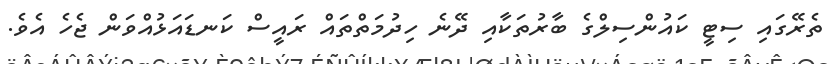
ތެރޭގައި ސިޓީ ކައުންސިލްގެ ބާރުތަކާއި ދޭނެ ހިދުމަތްތައް ރައީސް ކަނޑައަޅުއްވަން ޖެހެ އެވެ.